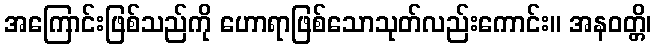
အကြောင်းဖြစ်သည်ကို ဟောရာဖြစ်သောသုတ်လည်းကောင်း။ အနဝတ္တိ၊